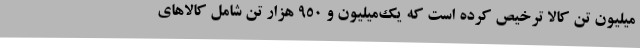
میلیون تن کالا ترخیص کرده است که یک‌میلیون و 950 هزار تن شامل کالاهای